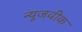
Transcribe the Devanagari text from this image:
न्‍यूजवीक